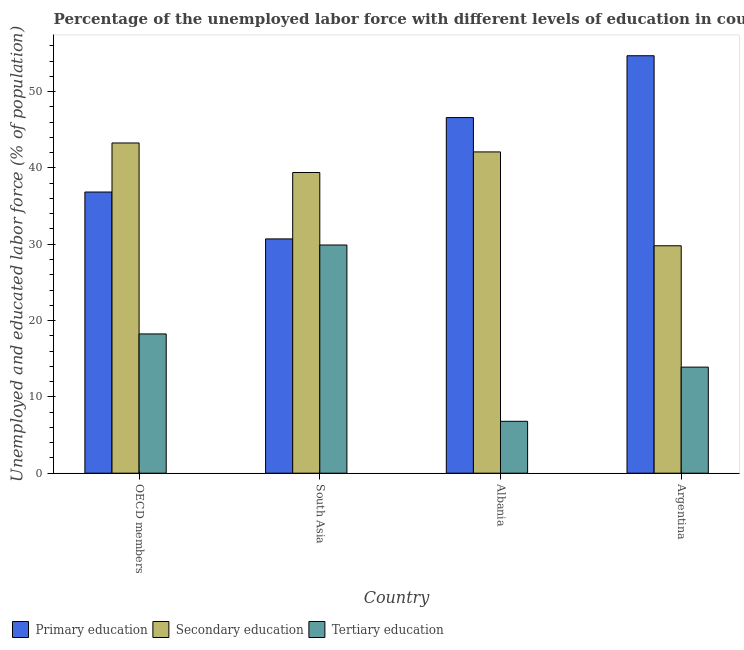
| Country | Primary education | Secondary education | Tertiary education |
 | --- | --- | --- | --- |
 | OECD members | 36.8 | 43.3 | 18.2 |
 | South Asia | 30.7 | 39.4 | 29.9 |
 | Albania | 46.6 | 42.1 | 6.8 |
 | Argentina | 54.7 | 29.8 | 13.9 |